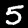
Digit: 5